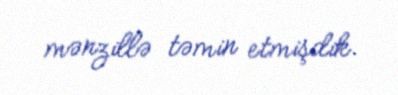
mənzillə təmin etmişdik.